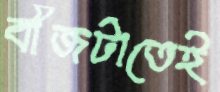
বীজটাতেই